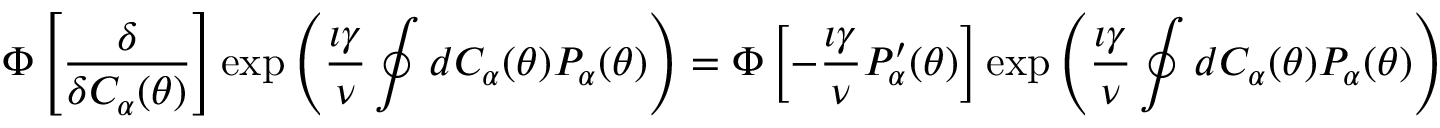
\Phi \left[ \frac { \delta } { \delta C _ { \alpha } ( \theta ) } \right] \exp \left( \frac { \imath \gamma } { \nu } \oint d C _ { \alpha } ( \theta ) P _ { \alpha } ( \theta ) \right) = \Phi \left[ - \frac { \imath \gamma } { \nu } P _ { \alpha } ^ { \prime } ( \theta ) \right] \exp \left( \frac { \imath \gamma } { \nu } \oint d C _ { \alpha } ( \theta ) P _ { \alpha } ( \theta ) \right)